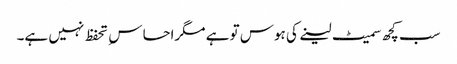
سب کچھ سمیٹ لینے کی ہوس تو ہے مگراحساس ِ تحفظ نہیں ہے۔